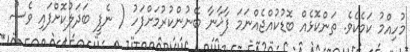
މުހިއްމު ކަމެކެވެ. ތަންކޮޅެއް ބޮޑުކުއްޖެއްނަމަ ފާޚާނާ ބޭނުންކުރުމަށްފަހު ( ނެޕީ ބަދަލުކޮށްފައި ވެސް